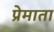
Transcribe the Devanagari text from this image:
प्रेमाता